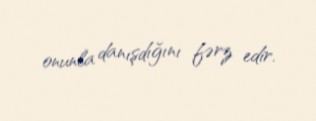
onunla danışdığını fərz edir.